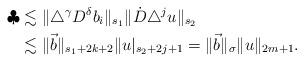
LaTeX: \begin{align*}\clubsuit&\lesssim \|\triangle^{\gamma}D^{\delta}b_i\|_{s_1}\|\dot{D}\triangle^ju\|_{s_2} \\&\lesssim \|\vec{b}\|_{s_1+2k+2}\|u|_{s_2+2j+1}=\|\vec{b}\|_{\sigma}\|u\|_{2m+1}.\end{align*}